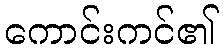
ကောင်းကင်၏